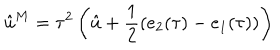
LaTeX: \hat { u } ^ { M } = \tau ^ { 2 } \left( \hat { u } + \frac { 1 } { 2 } ( e _ { 2 } ( \tau ) - e _ { 1 } ( \tau ) ) \right)